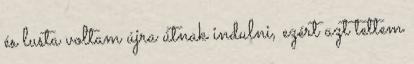
és lusta voltam újra útnak indulni, ezért azt tettem